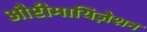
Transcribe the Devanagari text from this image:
औप्टीमायिज़ेशन